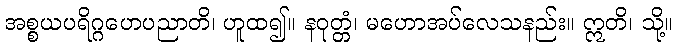
အစ္စယပရိဂ္ဂဟေပညာတိ၊ ဟူထ၍။ နဝုတ္တံ၊ မဟောအပ်လေသနည်း။ ဣတိ၊ သို့။